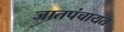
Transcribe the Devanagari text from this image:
जातपंचायत